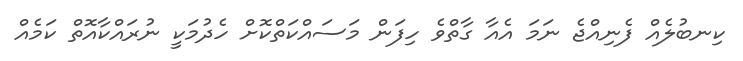
ކިނބުލެއް ފެނިއްޖެ ނަމަ އެއާ ގާތްވެ ހިފަން މަސައްކަތްކޮށް ހެދުމަކީ ނުރައްކާއޮތް ކަމެއް